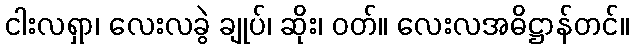
ငါးလရှာ၊ လေးလခွဲ ချုပ်၊ ဆိုး၊ ဝတ်။ လေးလအဓိဋ္ဌာန်တင်။